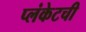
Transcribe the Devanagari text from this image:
प्लंकेटची